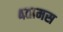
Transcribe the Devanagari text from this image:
४तामस